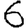
Digit: 6